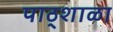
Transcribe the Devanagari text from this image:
पाठ्शाळा